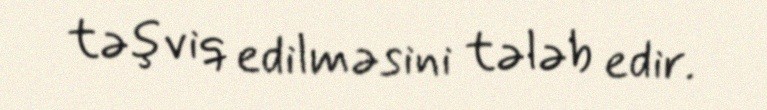
təşviq edilməsini tələb edir.